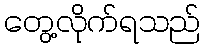
တွေ့လိုက်ရသည်